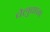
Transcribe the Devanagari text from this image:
चेलुवाजा